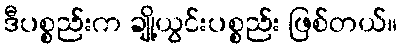
ဒီပစ္စည်းက ချို့ယွင်းပစ္စည်း ဖြစ်တယ်။